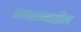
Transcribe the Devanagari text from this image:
स्मशानातील